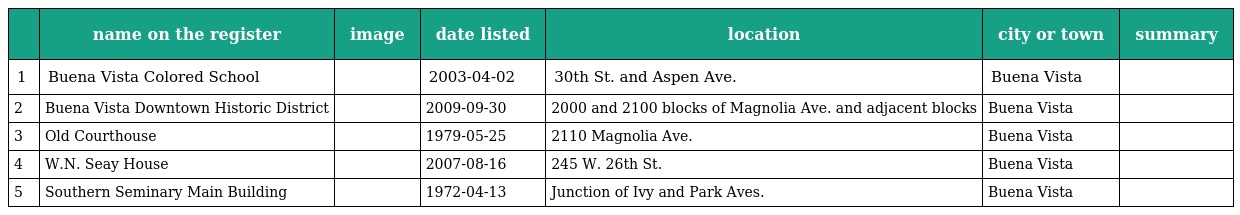
|  | name on the register | image | date listed | location | city or town | summary |
 | --- | --- | --- | --- | --- | --- | --- |
 | 1 | Buena Vista Colored School |  | 2003-04-02 | 30th St. and Aspen Ave. | Buena Vista |  |
 | 2 | Buena Vista Downtown Historic District |  | 2009-09-30 | 2000 and 2100 blocks of Magnolia Ave. and adjacent blocks | Buena Vista |  |
 | 3 | Old Courthouse |  | 1979-05-25 | 2110 Magnolia Ave. | Buena Vista |  |
 | 4 | W.N. Seay House |  | 2007-08-16 | 245 W. 26th St. | Buena Vista |  |
 | 5 | Southern Seminary Main Building |  | 1972-04-13 | Junction of Ivy and Park Aves. | Buena Vista |  |